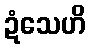
ဍံသေဟိ